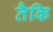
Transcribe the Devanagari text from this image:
तैकि